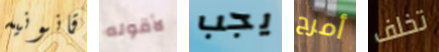
قانونيه لأقوله يجب أمرح تخلف